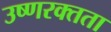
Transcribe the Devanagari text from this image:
उष्णरक्तता